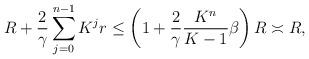
LaTeX: \begin{align*}R + \frac{2}{\gamma}\sum_{j = 0}^{n - 1} K^j r \leq \left(1 + \frac{2}{\gamma} \frac{K^n}{K - 1} \beta\right)R \asymp R,\end{align*}